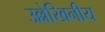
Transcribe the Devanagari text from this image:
उल्लेखिनीय